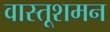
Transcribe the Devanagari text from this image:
वास्तूशमन